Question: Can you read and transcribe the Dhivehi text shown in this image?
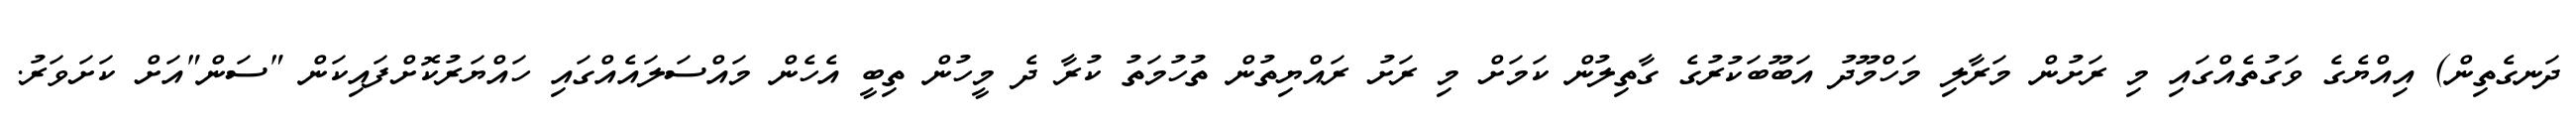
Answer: ދަނގެތިން) އިއްޔެގެ ވަގުތެއްގައި މި ރަށުން މަރާލި މަހްމޫދު އަބޫބަކުރުގެ ގާތިލުން ކަމަށް މި ރަށު ރައްޔިތުން ތުހުމަތު ކުރާ ދެ މީހުން ތިބީ އެހެން މައްސަލައެއްގައި ހައްޔަރުކޮށްފައިކަން "ސަން"އަށް ކަށަވަރު.